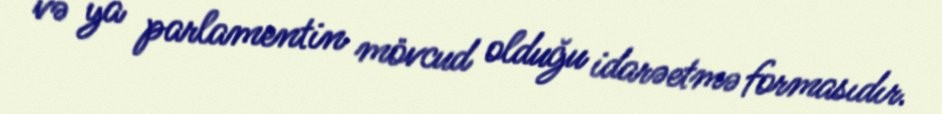
və ya parlamentin mövcud olduğu idarəetmə formasıdır.